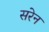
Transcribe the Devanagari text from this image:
सरेन